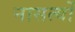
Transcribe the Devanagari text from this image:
नासत्यों